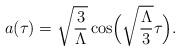
LaTeX: \begin{align*}a (\tau) = \sqrt{\frac{3}{\Lambda}} \cos\Bigl(\sqrt{\frac{\Lambda}{3}} \tau \Bigr). \end{align*}